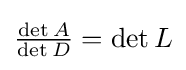
{\textstyle {\frac {\det A}{\det D}}=\det L}